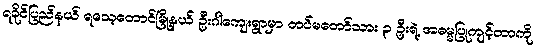
ရခိုင်ပြည်နယ် ရသေ့တောင်မြို့နယ် ဦးဂါကျေးရွာမှာ တပ်မတော်သား ၃ ဦးရဲ့ အဓမ္မပြုကျင့်တာကို